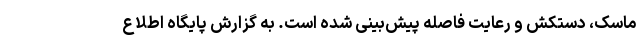
ماسک، دستکش و رعایت فاصله پیش‌بینی شده است. به گزارش پایگاه اطلاع